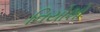
નિયોશો